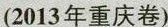
(2013年重庆卷)